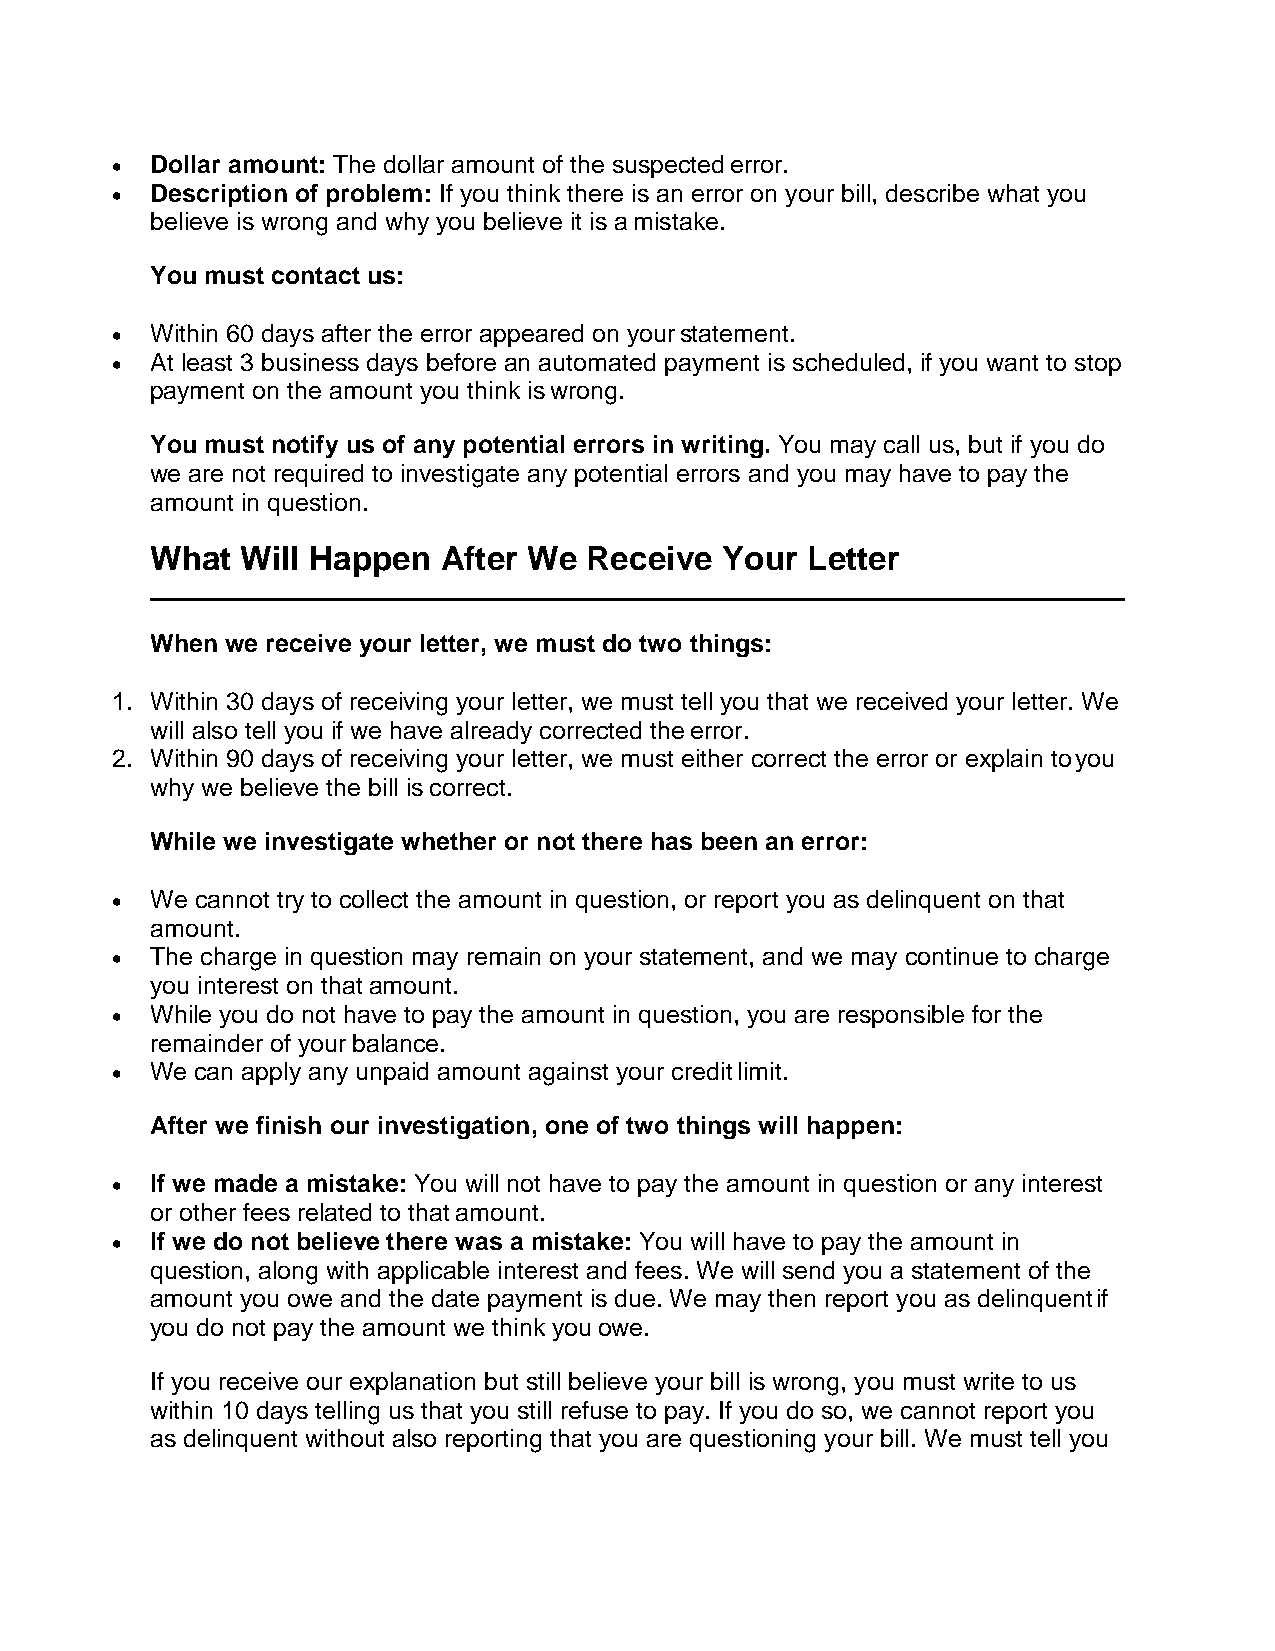
•  Dollar amount: The dollar amount of the suspected error.
 •  Description of problem: If you think there is an error on your bill, describe what you
 believe is wrong and why you believe it is a mistake.
 You must contact us:
 •  Within 60 days after the error appeared on your statement.
 •  At least 3 business days before an automated payment is scheduled, if you want to stop
 payment on the amount you think is wrong.
 You must notify us of any potential errors in writing. You may call us, but if you do
 we are not required to investigate any potential errors and you may have to pay the
 amount in question.
 What  Will Happen  After We  Receive  Your Letter
 When we receive your letter, we must do two things:
 1. Within 30 days of receiving your letter, we must tell you that we received your letter. We
 will also tell you if we have already corrected the error.
 2. Within 90 days of receiving your letter, we must either correct the error or explain to you
 why we believe the bill is correct.
 While we investigate whether or not there has been an error:
 •  We cannot try to collect the amount in question, or report you as delinquent on that
 amount.
 •  The charge in question may remain on your statement, and we may continue to charge
 you interest on that amount.
 •  While you do not have to pay the amount in question, you are responsible for the
 remainder of your balance.
 •  We can apply any unpaid amount against your credit limit.
 After we finish our investigation, one of two things will happen:
 •  If we made a mistake: You will not have to pay the amount in question or any interest
 or other fees related to that amount.
 •  If we do not believe there was a mistake: You will have to pay the amount in
 question, along with applicable interest and fees. We will send you a statement of the
 amount you owe and the date payment is due. We may then report you as delinquent if
 you do not pay the amount we think you owe.
 If you receive our explanation but still believe your bill is wrong, you must write to us
 within 10 days telling us that you still refuse to pay. If you do so, we cannot report you
 as delinquent without also reporting that you are questioning your bill. We must tell you